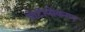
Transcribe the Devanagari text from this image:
प्रोटोनोकरण